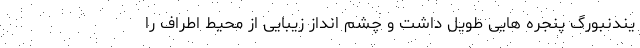
یندنبورگ پنجره هایی طویل داشت و چشم انداز زیبایی از محیط اطراف را